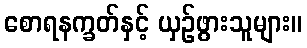
စောရနက္ခတ်နှင့် ယှဉ်ဖွားသူများ။